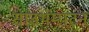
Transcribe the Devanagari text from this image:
साउथॅम्पटन